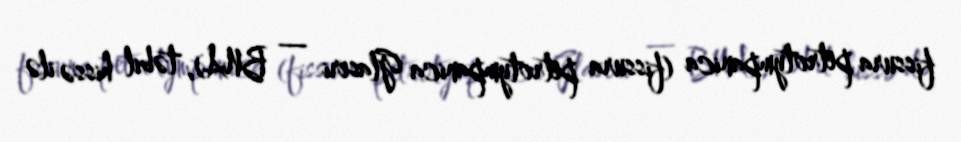
fissura petrotympanica (fissura petrotympanica Glaseri — BNA), təbil hissə ilə